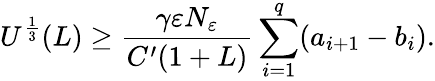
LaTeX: U^{\frac{1}{3}}(L)\geq\frac{\gamma\varepsilon N_{\varepsilon}}{C^{\prime}(1+L)}\sum_{i=1}^{q}(a_{i+1}-b_{i}).